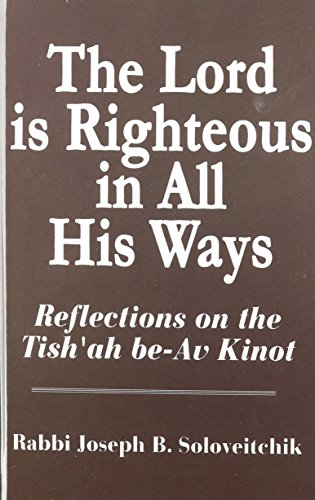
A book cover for Lord Is Righteous in All His Ways: Reflections on the Tish'ah be-Av Kinnot (Meotzar Horav); Jacob J. Schacter; Religion & Spirituality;